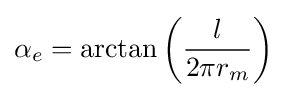
\alpha _{e}=\arctan \left({\frac {l}{2\pi r_{m}}}\right)